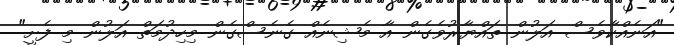
"އަނެއްކާވެސް އަލުން ތައްޔާރުވެގެން އާ މެޝިނެއް ގެނެސްގެން މިހިދުމަތް އަލުން މި ފެށީ"